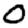
Digit: 0